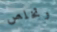
وتخلص